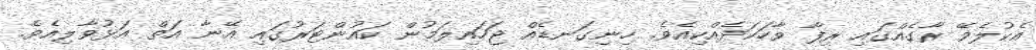
އެކުލެވޭ ރާގެއްގައި ރިފާ ވާހަކަދެއްކިއެވެ. ހިނިގަނޑެއް ޖަހައިލަމުން ކައުންޓަރުގައި އޭނާ އަތް އަޅުވާލިއެވެ.